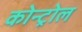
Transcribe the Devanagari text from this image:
कोन्ट्रोल